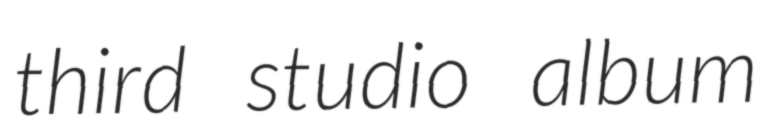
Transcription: third studio album